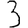
Digit: 3